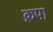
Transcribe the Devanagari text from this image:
क्रपा